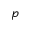
^ Ḋ p Ḍ